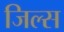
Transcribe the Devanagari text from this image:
जिल्स